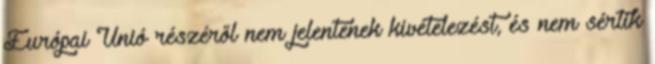
Európai Unió részéről nem jelentenek kivételezést, és nem sértik